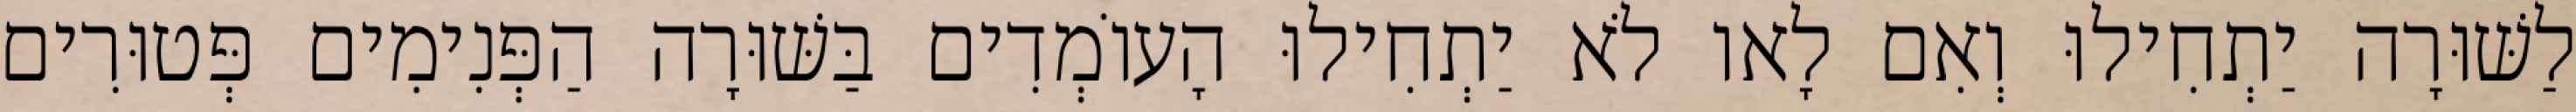
לַשּׁוּרָה יַתְחִילוּ וְאִם לָאו לֹא יַתְחִילוּ הָעוֹמְדִים בַּשּׁוּרָה הַפְּנִימִים פְּטוּרִים